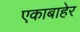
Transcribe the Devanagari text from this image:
एकाबाहेर